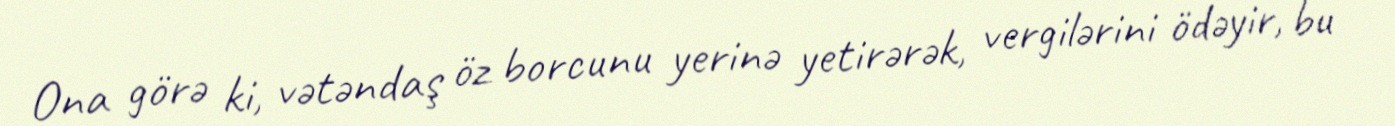
Ona görə ki, vətəndaş öz borcunu yerinə yetirərək, vergilərini ödəyir, bu